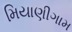
મિયાણીગામ